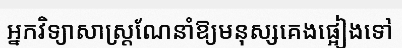
អ្នកវិទ្យាសាស្ត្រណែនាំឱ្យមនុស្សគេងផ្អៀងទៅ